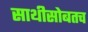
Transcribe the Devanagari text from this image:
साथीसोबतच